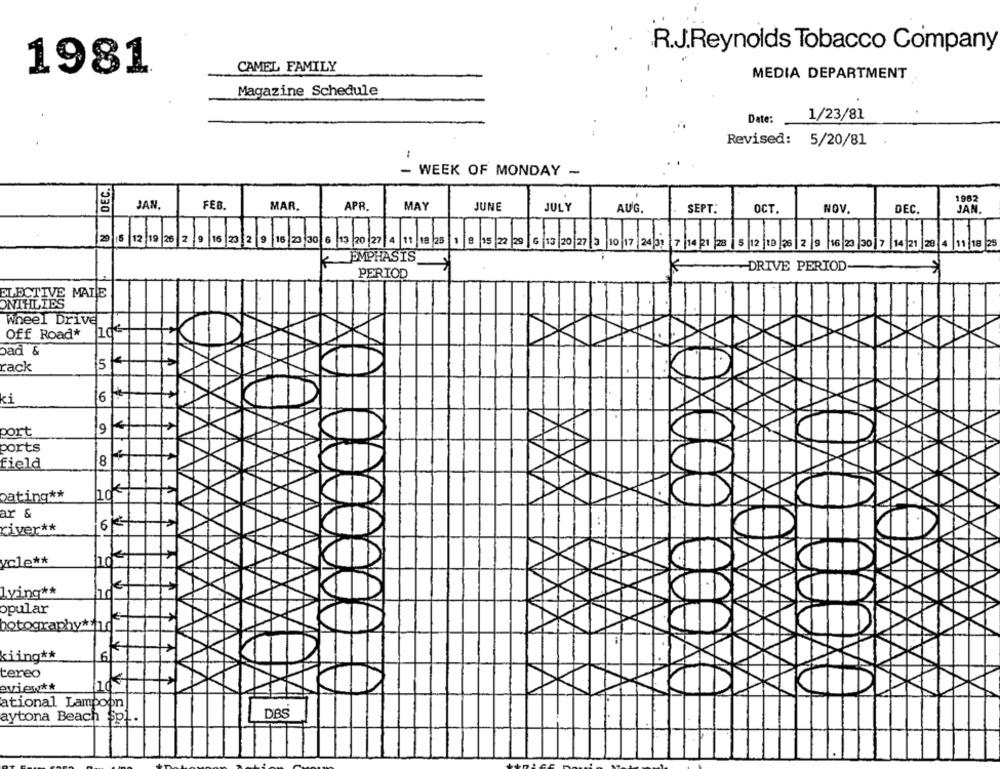
R.J.Reynolds Tobacco Company
1981
CAMEL FAMILY
MEDIA DEPARTMENT
Magazine Schedule
1/23/81
Date:
Revised: 5/20/81
- WEEK OF MONDAY -
DEC.
1982
JAN.
FEB
MAR.
APR.
MAY
JUNE
JULY
AUG.
SEPT.
OCT.
NOV
DEC.
JAN
29 5
12 19 26 2 9 16 23 2 9 16 23 30 6 13 20 27 4 11 19 25 1 9 15 22 29 6 13 20 27 3
10 17 24 31 7 14 21 28 5 12 19 26 2 9 16 23 30 7 14 21 28
4 11 18
K_EMPHASIS
-DRIVE PERIOD
PERIOD
ELECTIVE MATE
ONTHLIES
Wheel Drive
Off Road*
bad &
rack
15k
ki
6
9
port
ports
field
8
cating **
ar &
63
..
river **
ycle **
lying **
opular
hotography*11.d
kiing **
tereo
eview **
ational Lampoon
DBS
aytona Beach $pl.